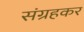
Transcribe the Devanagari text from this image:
संग्रहकर